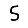
Digit: 5